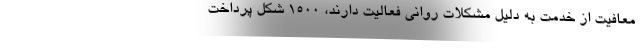
معافیت از خدمت به دلیل مشکلات روانی فعالیت دارند، ۱۵۰۰ شکِل پرداخت